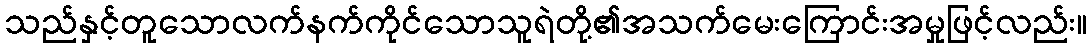
သည်နှင့်တူသောလက်နက်ကိုင်သောသူရဲတို့၏အသက်မေးကြောင်းအမှုဖြင့်လည်း။